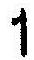
1